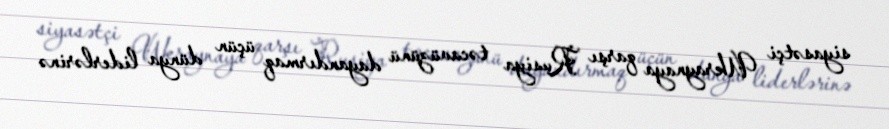
siyasətçi Ukraynaya qarşı Rusiya təcavüzünü dayandırmaq üçün dünya liderlərinə